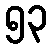
၅၃